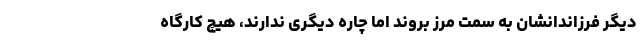
دیگر فرزاندانشان به سمت مرز بروند اما چاره دیگری ندارند، هیچ کارگاه